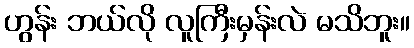
ဟွန်း ဘယ်လို လူကြီးမှန်းလဲ မသိဘူး။